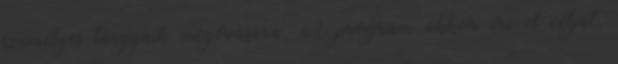
személyes tárgyaik megóvására. A program akkor éri el célját,